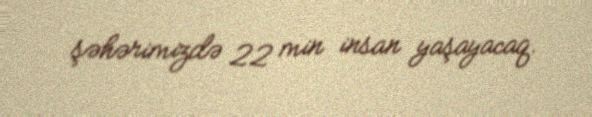
şəhərimizdə 22 min insan yaşayacaq.